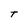
Character: T